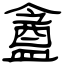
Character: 盦